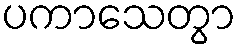
ပကာသေတွာ